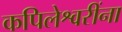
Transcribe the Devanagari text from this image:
कपिलेश्वरींना